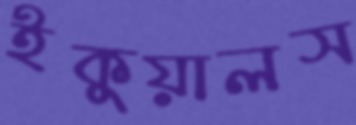
ইকুয়ালস